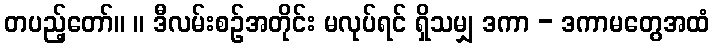
တပည့်တော်။ ။ ဒီလမ်းစဉ်အတိုင်း မလုပ်ရင် ရှိသမျှ ဒကာ - ဒကာမတွေအထံ